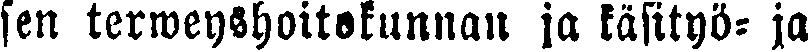
sen terweyshoitekunnan ja käsityö- ja